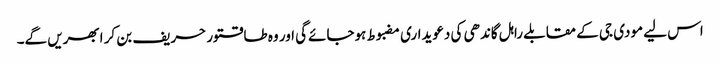
اس لیے مودی جی کے مقابلے راہل گاندھی کی دعویداری مضبوط ہوجائےگی اور وہ طاقتور حریف بن کر ابھریں گے۔